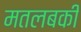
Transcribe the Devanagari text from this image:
मतलबकी